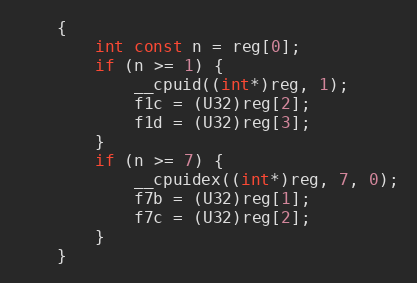
Language: C
    {
        int const n = reg[0];
        if (n >= 1) {
            __cpuid((int*)reg, 1);
            f1c = (U32)reg[2];
            f1d = (U32)reg[3];
        }
        if (n >= 7) {
            __cpuidex((int*)reg, 7, 0);
            f7b = (U32)reg[1];
            f7c = (U32)reg[2];
        }
    }